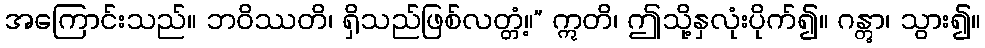
အကြောင်းသည်။ ဘဝိဿတိ၊ ရှိသည်ဖြစ်လတ္တံ့။” ဣတိ၊ ဤသို့နှလုံးပိုက်၍။ ဂန္တွာ၊ သွား၍။